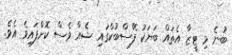
ބުނެ މި ޓީޒާ އެތައް ބަޔަކު ފޭސްބުކްގައި ޝެއާ ވެސް ކޮށްފައިވެ އެވެ.